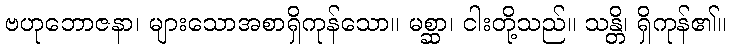
ဗဟုဘောဇနာ၊ များသောအစာရှိကုန်သော။ မစ္ဆာ၊ ငါးတို့သည်။ သန္တိ၊ ရှိကုန်၏။